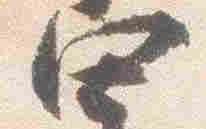
四